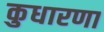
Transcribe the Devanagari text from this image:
कुधारणा